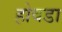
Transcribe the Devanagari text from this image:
होवडा